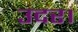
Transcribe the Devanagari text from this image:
उदर।